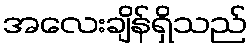
အလေးချိန်ရှိသည်